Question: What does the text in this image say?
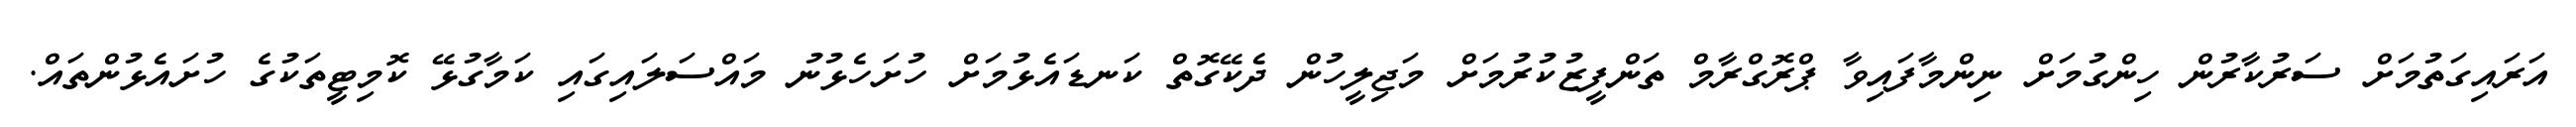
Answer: އަރައިގަތުމަށް ސަރުކާރުން ހިންގުމަށް ނިންމާފައިވާ ޕްރޮގްރާމް ތަންފީޒުކުރުމަށް މަޖިލީހުން ދެކޭގޮތް ކަނޑައެޅުމަށް ހުށަހެޅުނު މައްސަލައިގައި ކަމާގުޅޭ ކޮމިޓީތަކުގެ ހުށައެޅުންތައް.